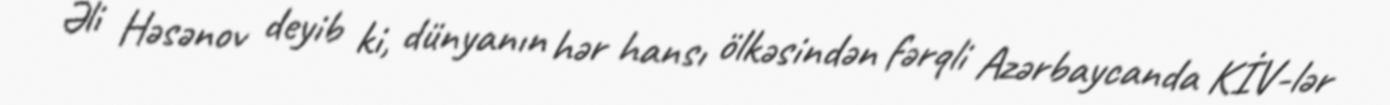
Əli Həsənov deyib ki, dünyanın hər hansı ölkəsindən fərqli Azərbaycanda KİV-lər